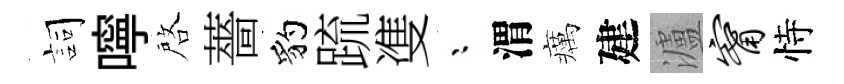
詞嚀啓薔豹䟽㕠漸渭癘建瀘甯恃